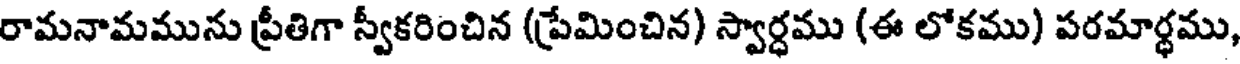
రామనామమును ప్రీతిగా స్వీకరించిన (ప్రేమించిన) స్వార్ధము (ఈ లోకము) పరమార్థము,